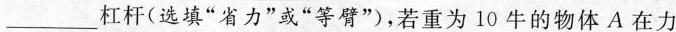
___杠杆(选填”省力”或”等臂”，若重为10牛的物体A在力